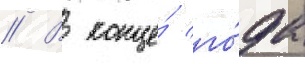
// В конце́ го́да